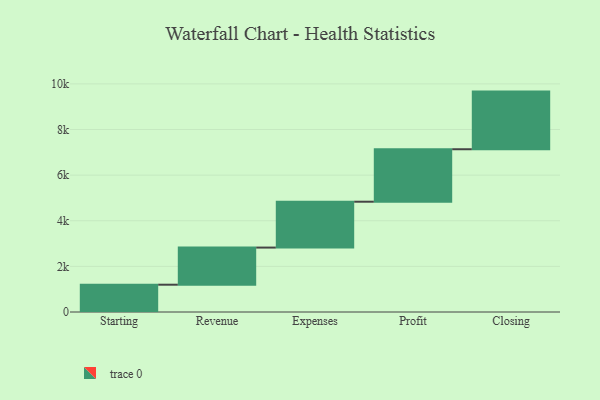
{"axis": {"x": "Step", "y": "Value"}, "legend": [""], "data": [{"x": "Starting", "y": 1197.0, "type": ""}, {"x": "Revenue", "y": 1627.0, "type": ""}, {"x": "Expenses", "y": 2011.0, "type": ""}, {"x": "Profit", "y": 2300.0, "type": ""}, {"x": "Closing", "y": 2527.0, "type": ""}]}